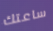
ساعتك